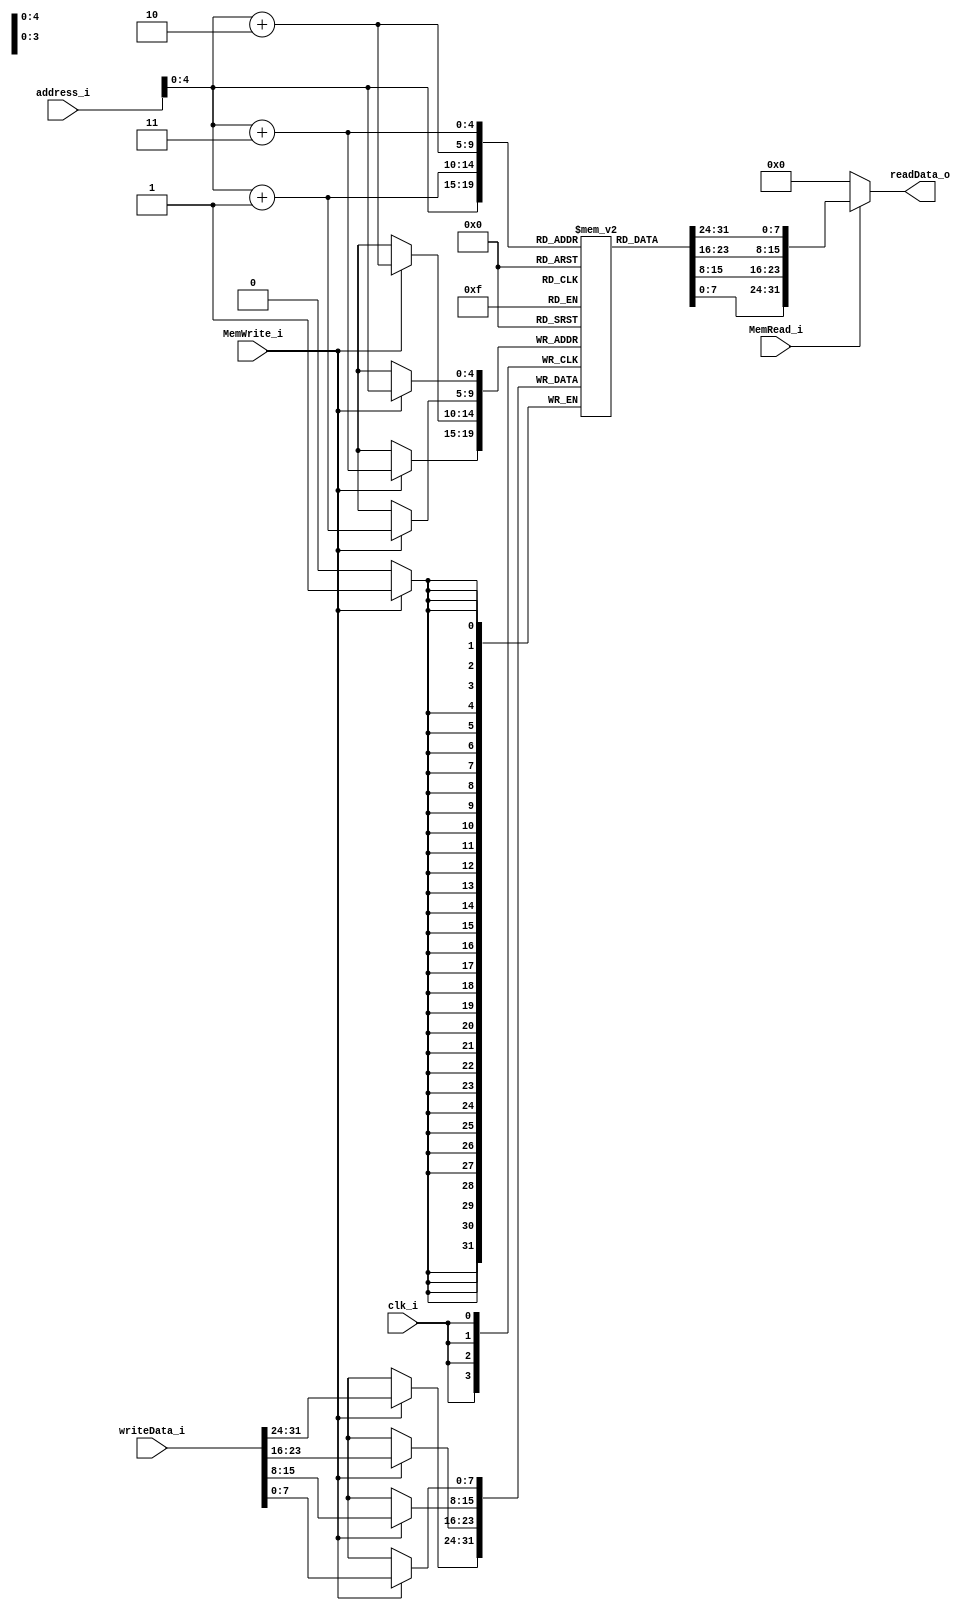
module Data_Memory
(
	clk_i,
	address_i,
	writeData_i,
	MemWrite_i,
	MemRead_i,
	readData_o
);

	// Ports
	input			clk_i;
	input	[31:0]	address_i;
	input	[31:0]	writeData_i;
	input			MemWrite_i, MemRead_i;
	output	[31:0]	readData_o;

	reg		[7:0]	memory	[0:31];

	always @(posedge clk_i)
	begin
		if(MemWrite_i)
		begin
			memory[address_i]		<= writeData_i[7:0];
			memory[address_i + 1]	<= writeData_i[15:8];
			memory[address_i + 2]	<= writeData_i[23:16];
			memory[address_i + 3]	<= writeData_i[31:24];
		end
	end

	assign	readData_o	= (MemRead_i == 1'b1)?	{ memory[address_i + 3], memory[address_i + 2], memory[address_i + 1], memory[address_i] } : 32'b0;

endmodule